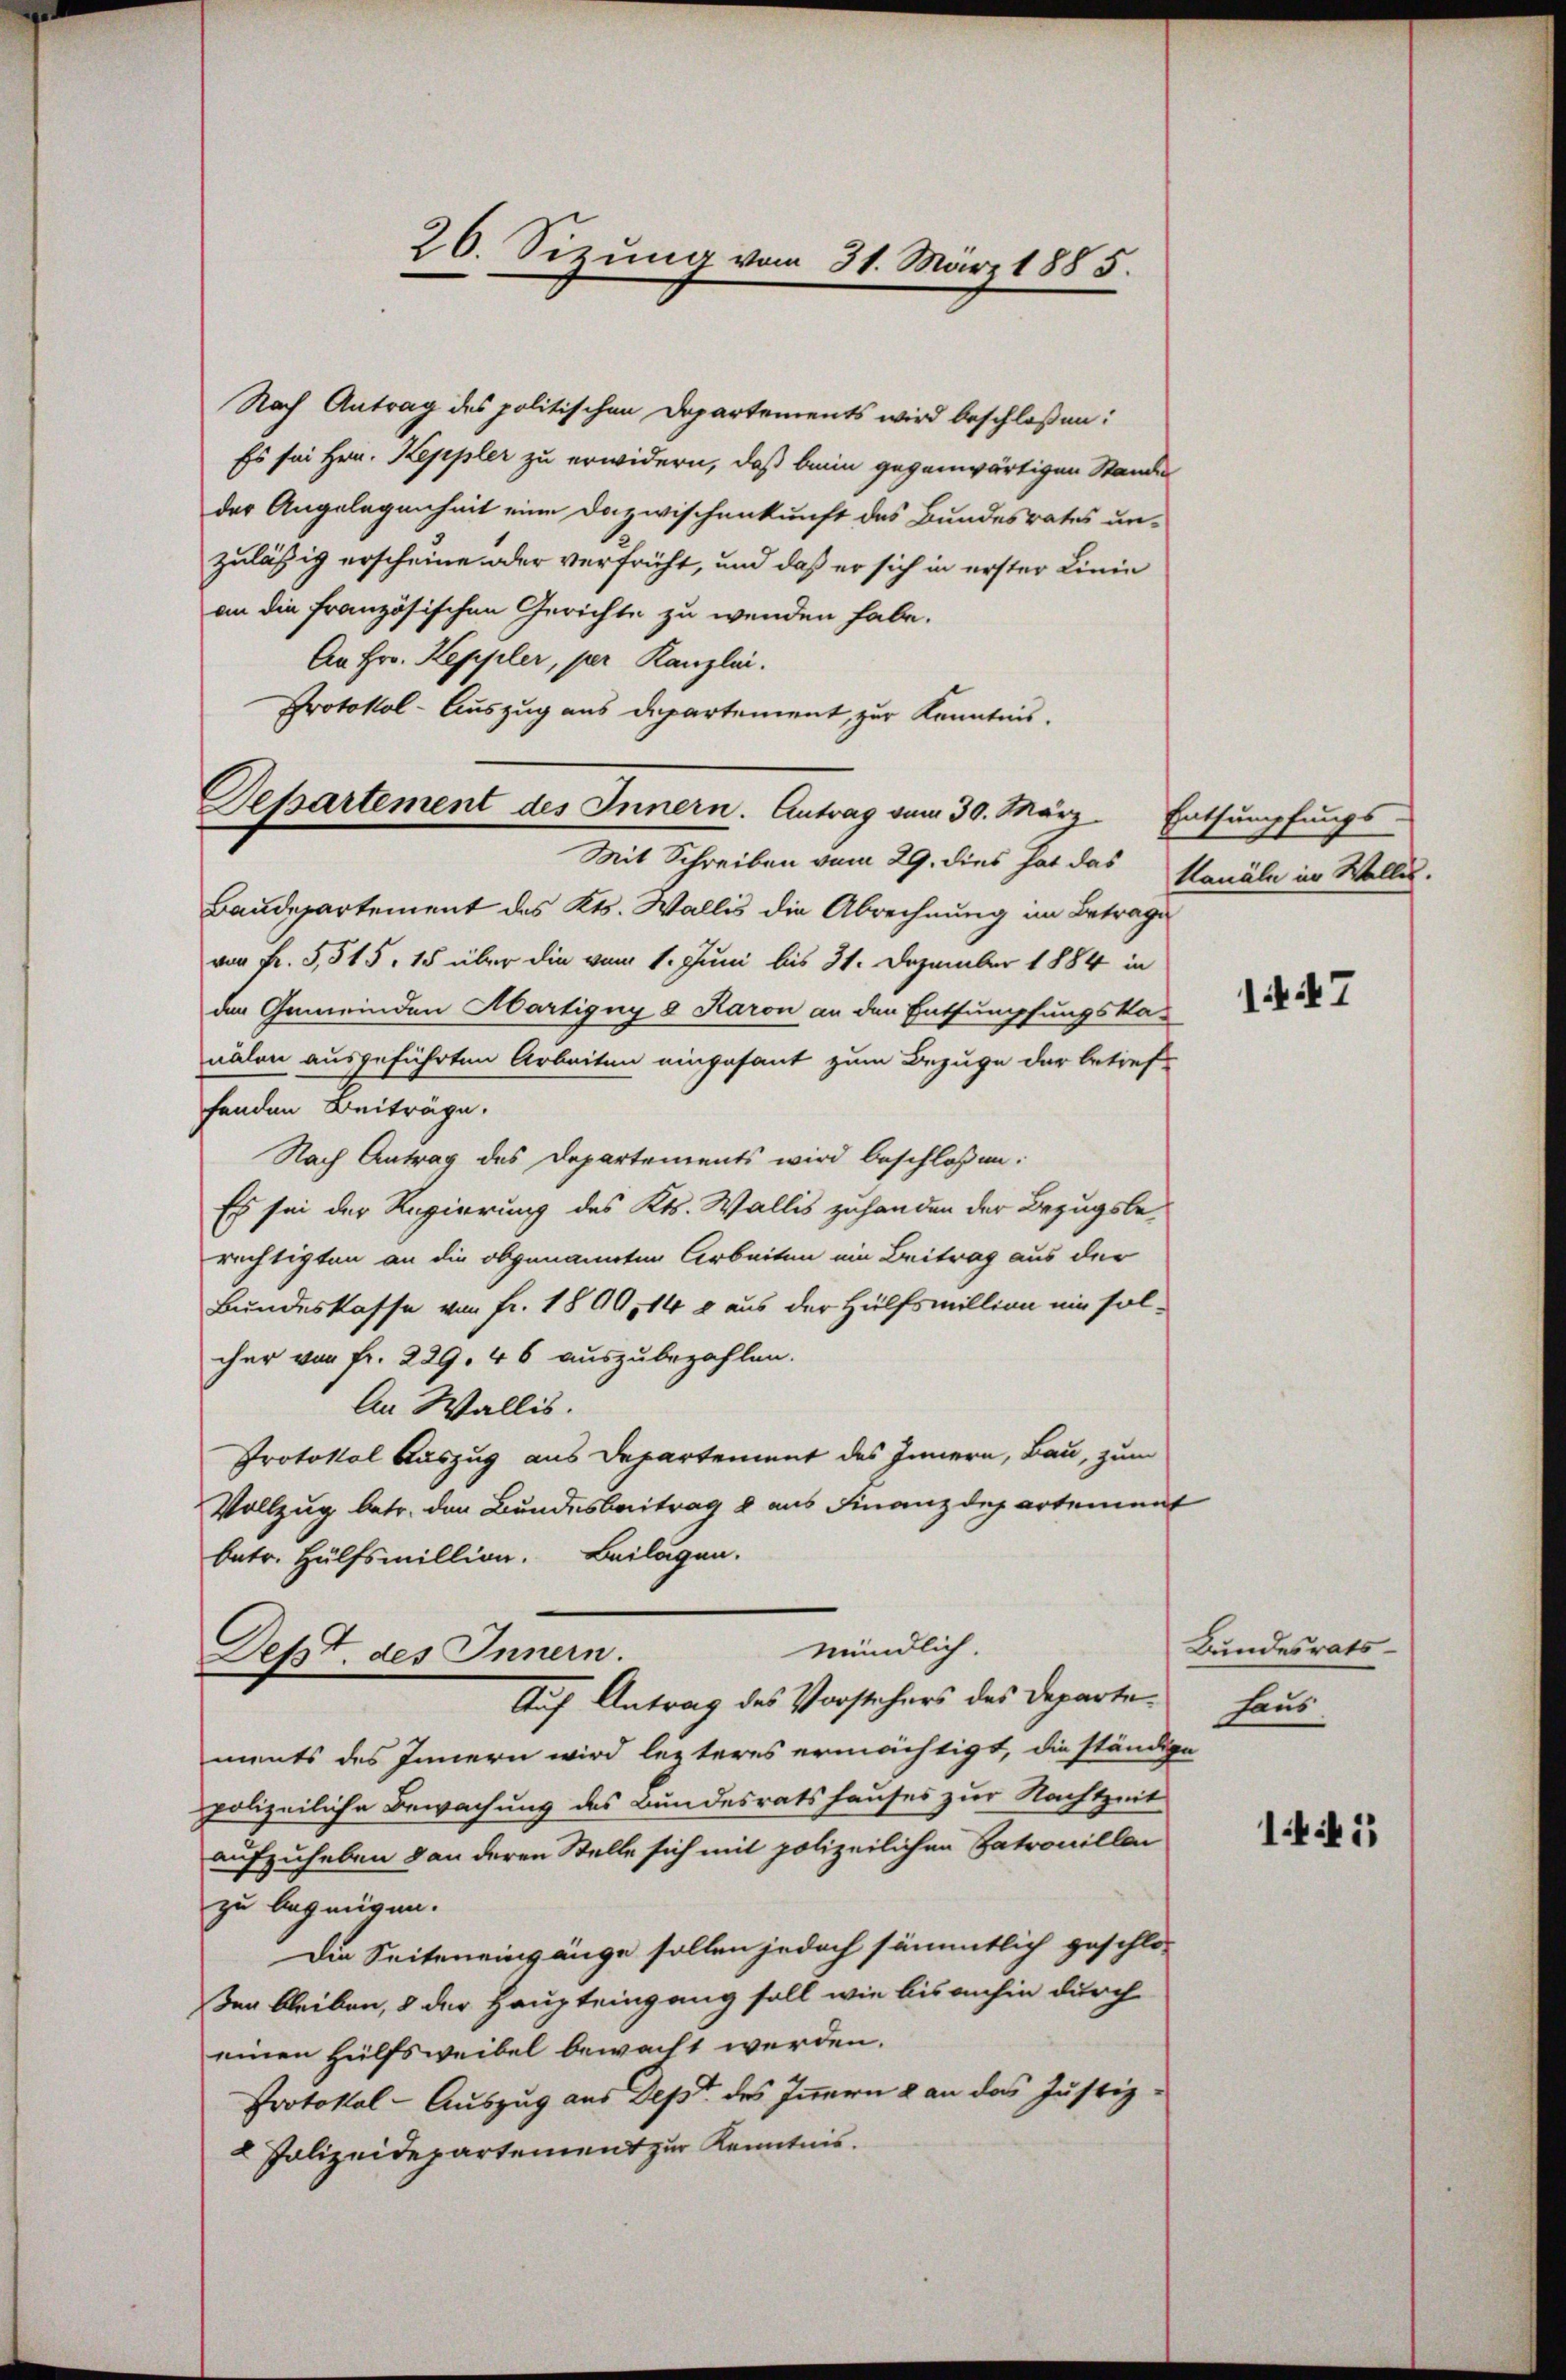
Departement des Innern. Antrag vom 30. März

26. Sizŭng vom 31. März 1885.

Nach Antrag des politischen Departements wird beschloßen:
Es sei Hrn. Keppler zu erwidern, daß beim gegenwärtigen Stande
der Angelegenheit eine Dazwischenkunft des Bundesrates un-
zulässig erscheine oder verfrüht, und daß er sich in erster Linie
an die französischen Gerichte zu wenden habe.
An Hrn. Keppler, per Kanzlei.
Protokol-Auszug aus Departement, zur Kenntnis.
Mit Schreiben vom 29. dies hat das
Baudepartement des Kts. Wallis die Abrechnung im Betrage
von Fr. 5, 515, 15 über die vom 1. Juni bis 31. Dezember 1884 in
der Gemeinden Martigny 8 Karon an den Entsumpfungska-
nalen ausgeführten Arbeiten eingesant zum Bezuge der betref
fenden Beiträge.
Nach Antrag des Departements wird beschloßen:
Es sei der Regierung des Kts. Wallis zuhanden der Bezugsberechtigten an die obgenannten Arbeiten ein Beitrag aus der
Bundeskasse von Fr. 1890, 14 g aus der Hülfsmillion ein solcher von Fr. 229. 46 auszubezahlen.
An Wallis.
Protokol Auszug aus Departement des Innern, Bau, zum
Vollzug betr. den Bundesbeitrag & aus Finanzdepartement
betr. Hülfsmillion. Beilagen.
mündlich.
Defzt. des Innern.
Auf Antrag des Vorstehers des Departements des Innern wird lezteres ermächtigt, die ständige
polizeiliche Bewachung des Bundesratshauses zur Nachtzeit
aufzuheben & an deren Stelle sich mit polizeilichen Patrouilla
zu begnügen.
Die Seiten eingänge sollen jedoch sämmtlich geschlos
Den bleiben, 8 der Haupteingang soll wie bis anhin durch
einen Hülfsweibel bewacht werden.
Protokol- Auszug aus Dept. des Innern & an das Justiz¬
2 Polizeidepartement zur Kenntnis.

Entsumpfungs-
Kanäle in Wolle.

17

Bundesrats-
haus

14: